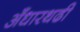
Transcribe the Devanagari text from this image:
अँधारथढी